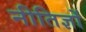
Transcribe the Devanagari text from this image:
नीतिज्ञों